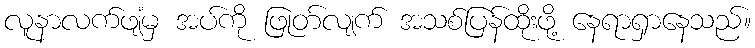
လူနာလက်ဖျံမှ အပ်ကို ဖြုတ်လျက် အသစ်ပြန်ထိုးဖို့ နေရာရှာနေသည်။